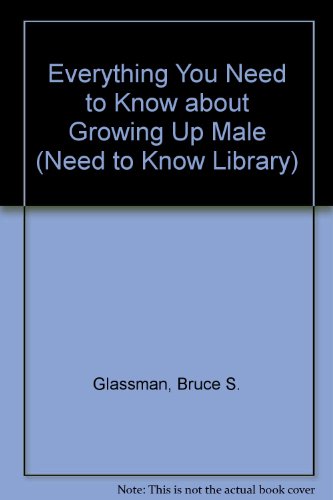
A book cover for Everything You Need to Know about Growing Up Male (Need to Know Library); Bruce S. Glassman; Teen & Young Adult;